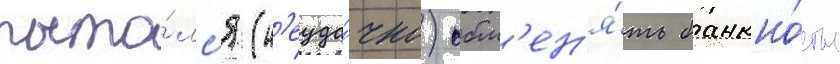
пыта́лс'я (н'еуда́чно) обм'ен'я́ть банкно́ты